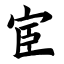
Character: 宦